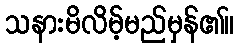
သနားမိလိမ့်မည်မှန်၏။